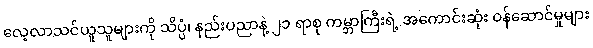
လေ့လာသင်ယူသူများကို သိပ္ပံ၊ နည်းပညာနဲ့ ၂၁ ရာစု ကမ္ဘာကြီးရဲ့ အကောင်းဆုံး ဝန်ဆောင်မှုများ